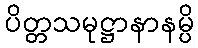
ပိတ္တသမုဋ္ဌာနာနမ္ပိ